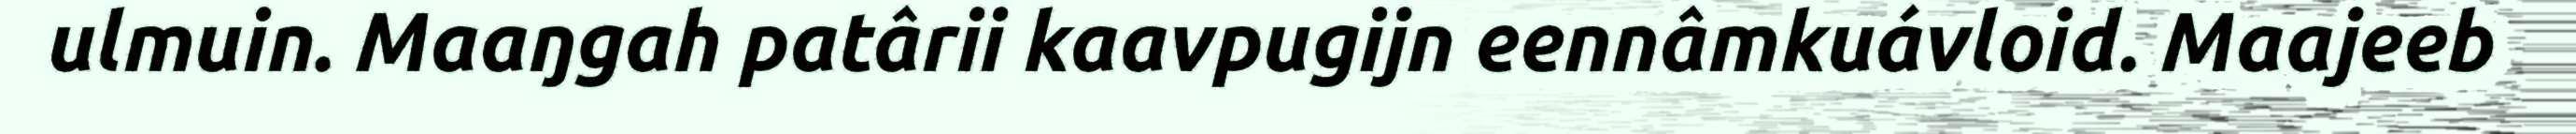
ulmuin. Maaŋgah patârii kaavpugijn eennâmkuávloid. Maajeeb